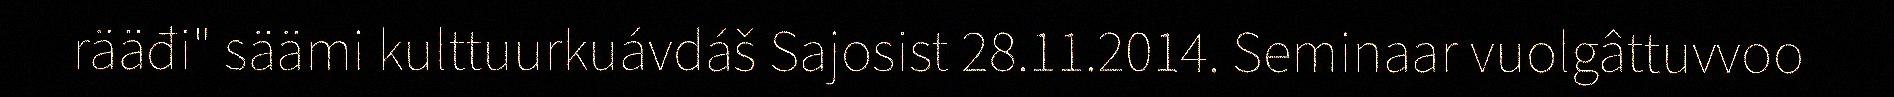
rääđi" säämi kulttuurkuávdáš Sajosist 28.11.2014. Seminaar vuolgâttuvvoo